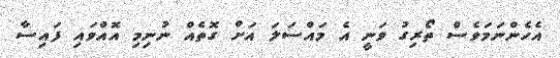
އެހެންނަމަވެސް ތޯރިގު ވަނީ އެ މައްސަލަ އަށް ގޮތެއް ނުނިމި އޮއްވައި ފައިސާ